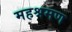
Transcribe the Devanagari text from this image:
महश्रमण